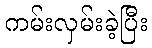
ကမ်းလှမ်းခဲ့ပြီး